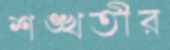
শঙ্খতীর